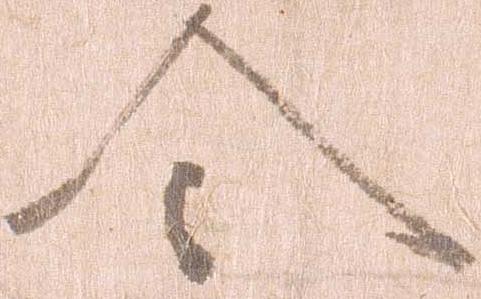
令